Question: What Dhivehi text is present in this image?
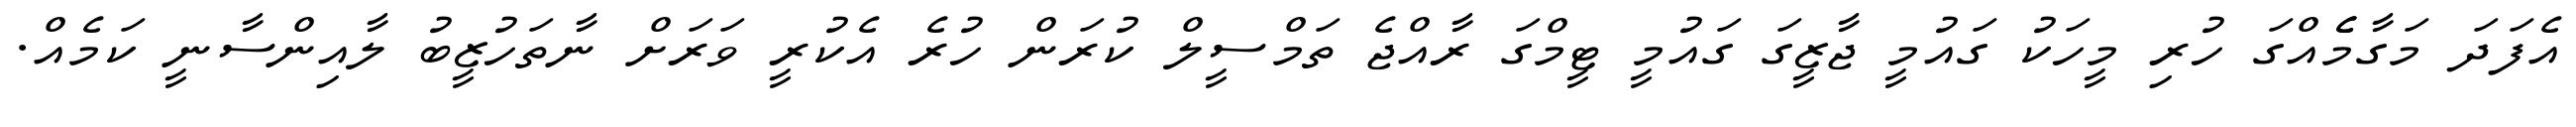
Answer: އެފަދަ މަގާމެެއްގަ ހުރި މީހަކު ގައުމީ ޖާޒީގަ ގައުމީ ޓީމްގަ ރާއްޖެ ތަމްސީލް ކުރަން ހުރެ އެކުރީ ވަރަށް ނާތަހުޒީބު ލާއިންސާނީ ކަމެއް.